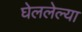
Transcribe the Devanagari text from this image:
घेललेल्या